Report of the Indian Hemp Drugs Commission, 1894-1895 - Volume IV
Year: 1894
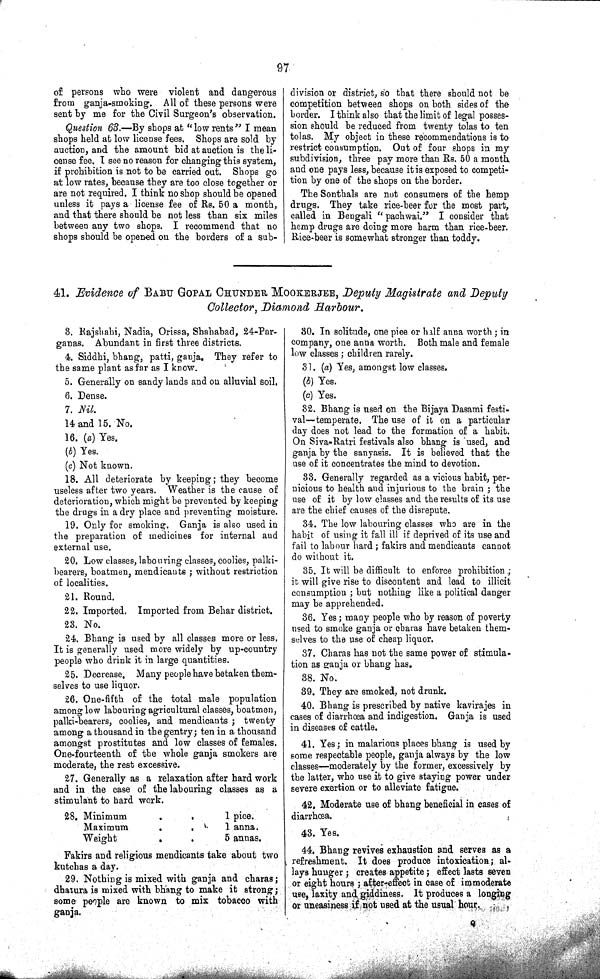
97
of persons who were violent and dangerous
from ganja-smoking. All of these persons were
sent by me for the Civil Surgeon's observation.
Question 63.—By shops at "low rents" I mean
shops held at low license fees. Shops are sold by
auction, and the amount bid at auction is the li-
cense fee. I see no reason for changing this system,
if prohibition is not to be carried out. Shops go
at low rates, because they are too close together or
are not required. I think no shop should be opened
unless it pays a license fee of Rs. 50 a month,
and that there should be not less than six miles
between any two shops. I recommend that no
shops should be opened on the borders of a sub-
division or district, so that there should not be
competition between shops on both sides of the
border. I think also that the limit of legal posses-
sion should be reduced from twenty tolas to ten
tolas. My object in these recommendations is to
restrict consumption. Out of four shops in my
subdivision, three pay more than Rs. 50 a month
and one pays less, because it is exposed to competi-
tion by one of the shops on the border.
The Sonthals are not consumers of the hemp
drugs. They take rice-beer for the most part,
called in Bengali "pachwai." I consider that
hemp drugs are doing more harm than rice-beer.
Rice-beer is somewhat stronger than toddy.
41. Evidence of BABU GOPAL CHUNDER MOOKERJEE, Deputy Magistrate and Deputy
Collector, Diamond Harbour.
3. Rajshahi, Nadia, Orissa, Shahabad, 24-Par-
ganas. Abundant in first three districts.
4. Siddhi, bhang, patti, ganja. They refer to
the same plant as far as I know.
5. Generally on sandy lands and on alluvial soil.
6. Dense.
7. Nil.
14 and 15. No.
16. (a) Yes.
(b) Yes.
(c) Not known.
18. All deteriorate by keeping; they become
useless after two years. Weather is the cause of
deterioration, which might be prevented by keeping
the drugs in a dry place and preventing moisture.
19. Only for smoking. Ganja is also used in
the preparation of medicines for internal and
external use.
20. Low classes, labouring classes, coolies, palki-
bearers, boatmen, mendicants; without restriction
of localities.
21. Round.
22. Imported. Imported from Behar district.
23. No.
24. Bhang is used by all classes more or less.
It is generally used more widely by up-country
people who drink it in large quantities.
25. Decrease. Many people have betaken them-
selves to use liquor.
26. One-fifth of the total male population
among low labouring agricultural classes, boatmen,
palki-bearers, coolies, and mendicants; twenty
among a thousand in the gentry; ten in a thousand
amongst prostitutes and low classes of females.
One-fourteenth of the whole ganja smokers are
moderate, the rest excessive.
27. Generally as a relaxation after hard work
and in the case of the labouring classes as a
stimulant to hard work.
28. Minimum
1 pice.
Maximum
1
anna.
Weight
5
annas.
Fakirs and religious mendicants take about two
kutchas a day.
29. Nothing is mixed with ganja and charas;
dhatura is mixed with bhang to make it strong;
some people are known to mix tobacco with
ganja.
30. In solitude, one pice or half anna worth; in
company, one anna worth. Both male and female
low classes; children rarely.
31. (a) Yes, amongst low classes.
(b) Yes.
(c) Yes.
32. Bhang is used on the Bijaya Dasami festi-
val—temperate. The use of it on a particular
day does not lead to the formation of a habit.
On Siva-Ratri festivals also bhang is used, and
ganja by the sanyasis. It is believed that the
use of it concentrates the mind to devotion.
33. Generally regarded as a vicious habit, per-
nicious to health and injurious to the brain; the
use of it by low classes and the results of its use
are the chief causes of the disrepute.
34. The low labouring classes who are in the
habit of using it fall ill if deprived of its use and
fail to labour hard; fakirs and mendicants cannot
do without it.
35. It will be difficult to enforce prohibition;
it will give rise to discontent and lead to illicit
consumption; but nothing like a political danger
may be apprehended.
36. Yes; many people who by reason of poverty
used to smoke ganja or charas have betaken them-
selves to the use of cheap liquor.
37. Charas has not the same power of stimula-
tion as ganja or bhang has.
38. No.
39. They are smoked, not drunk.
40. Bhang is prescribed by native kavirajes in
cases of diarrhœa and indigestion, Ganja is used
in diseases of cattle.
41. Yes; in malarious places bhang is used by
some respectable people, ganja always by the low
classes—moderately by the former, excessively by
the latter, who use it to give staying power under
severe exertion or to alleviate fatigue.
42. Moderate use of bhang beneficial in cases of
diarrhœa.
43. Yes.
44. Bhang revives exhaustion and serves as a
refreshment. It does produce intoxication; al-
lays hunger; creates appetite; effect lasts seven
or eight hours; after-effect in case of immoderate
use, laxity and giddiness. It produces a longing
or uneasiness if not used at the usual hour.
Q